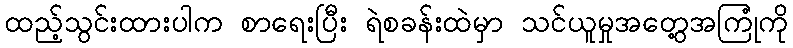
ထည့်သွင်းထားပါက စာရေးပြီး ရဲစခန်းထဲမှာ သင်ယူမှုအတွေ့အကြုံကို